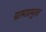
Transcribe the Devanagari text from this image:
ग्रामप्रमुख